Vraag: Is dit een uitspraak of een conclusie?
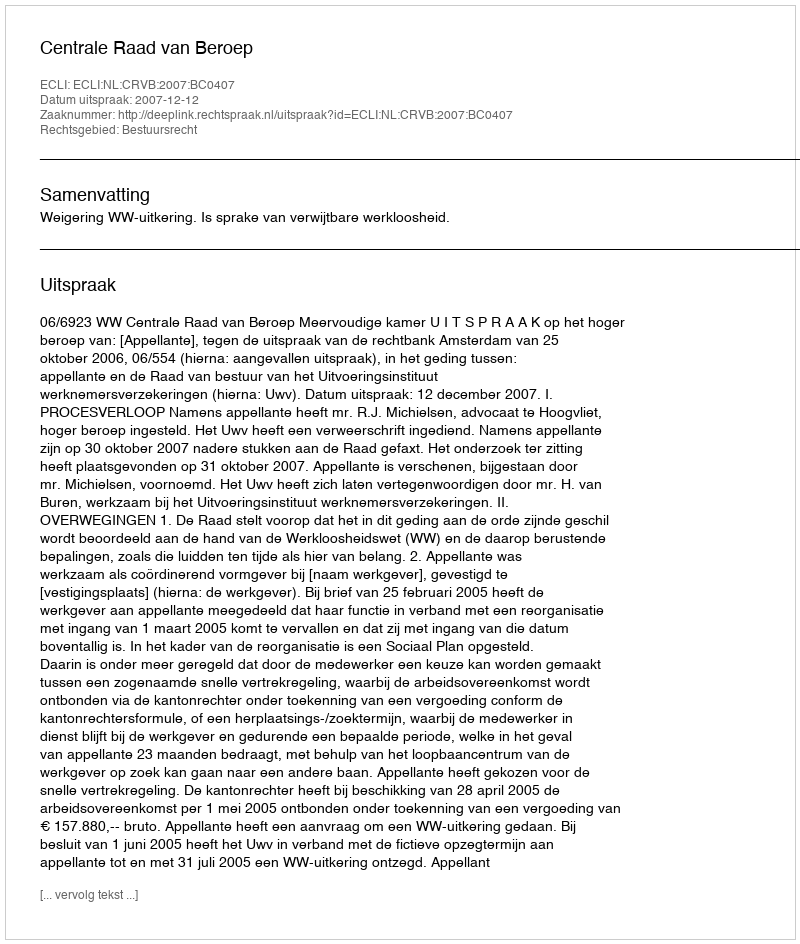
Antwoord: Uitspraak